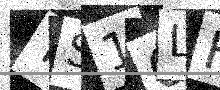
Text: TS16LF